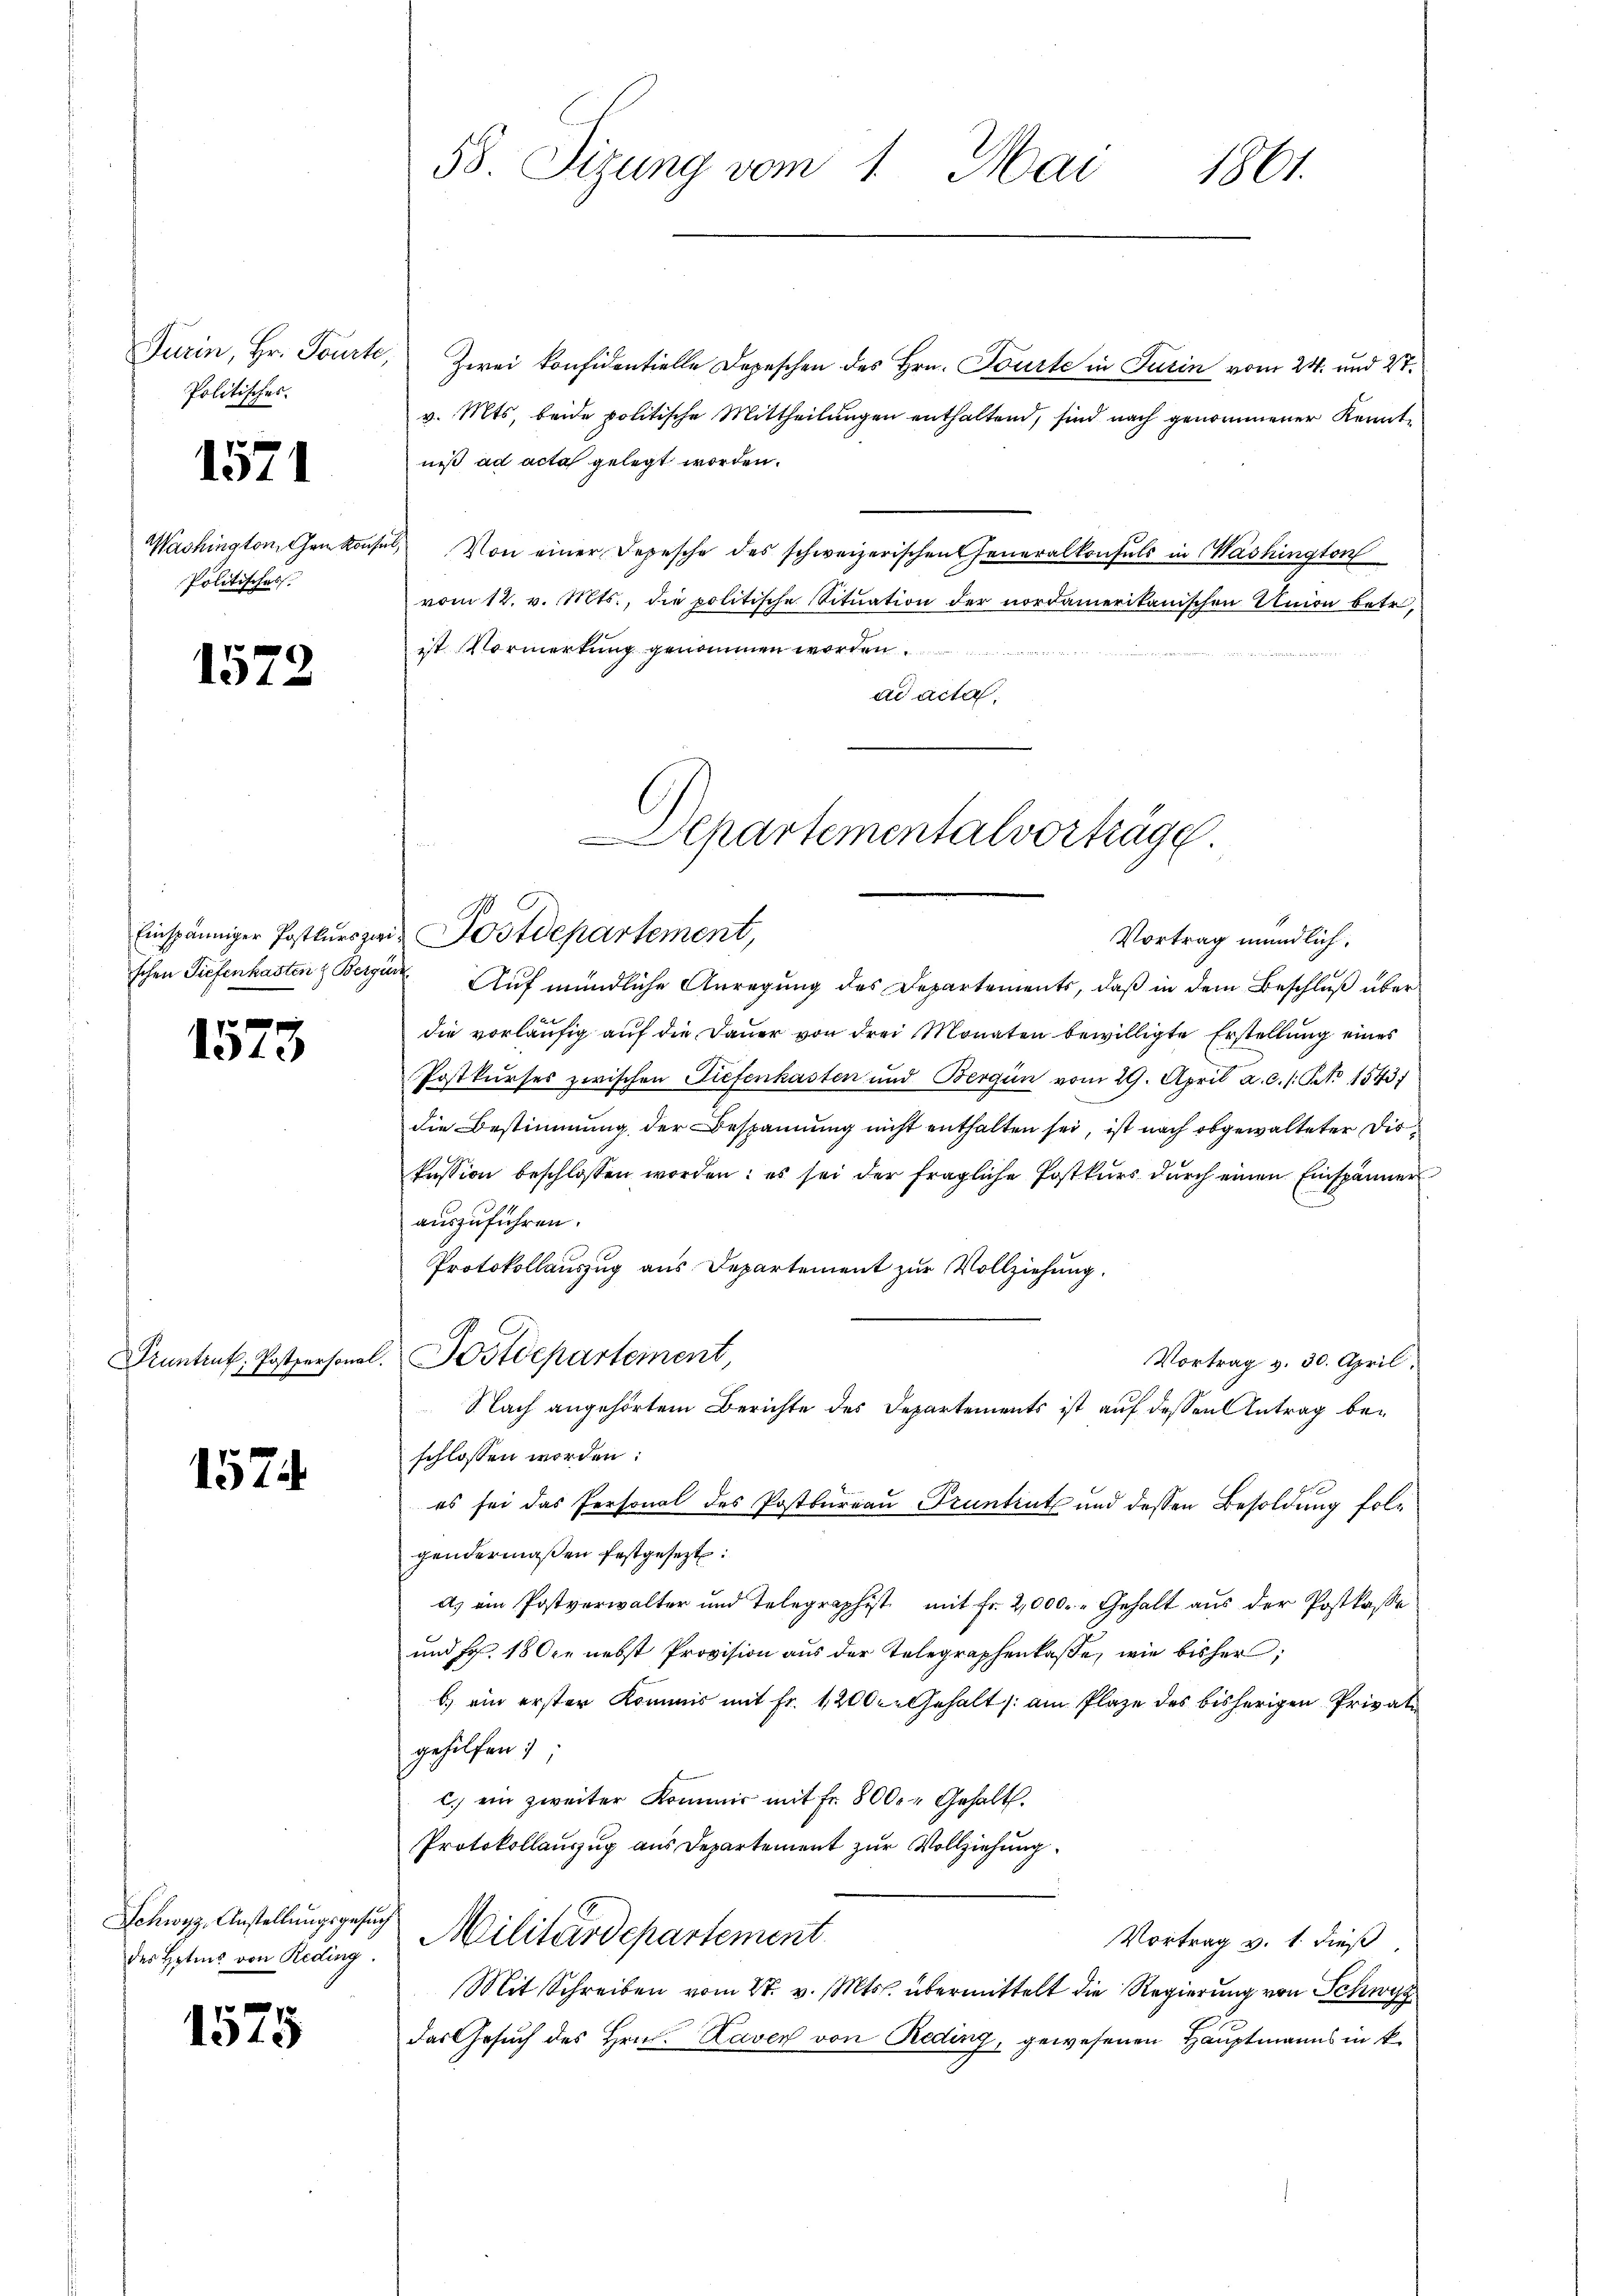
Turin, Hr. Tourt
Politisches.

1571

Washington, den kon
Politisches

1572

Einspänniger Postkurs zu
schen Tiefenkasten & Berg

1573

Pruntrut, Postpersona

1574

Schwyz, Anstellungsgesuch
des Hotens von Reding.

1575

58. Sizung vom 1. Mai
1861.

Zwei konfidentielle Depeschen des Hrn. Tourte in Turin vom 24. und 27.
v. Mts. beide politische Mittheilungen enthaltend, sind nach genommener Kenntniß ad acta gelegt worden.
Von einer Depesche des schweizerischen Generalkonsuls in Washington
vom 12. v. Mts., die politische Situation der nordamerikanischen Union betr.
ist Vormerkung genommen worden
ad acta.
Auf mündliche Anregung des Departements, daß in dem Beschluß über
die vorläŭfig aŭf die Daŭer von drei Monaten bewilligte Erstellung eines
Postkurses zwischen Tiefenkasten und Bergün vom 29. April a.c. /: No 1543)
die Bestimmung der Bespannung nicht enthalten sei, ist nach obgewalteter Diskussion beschlossen worden: es sei der fragliche Postkurs durch einen Einspänner
auszuführen.
Protokollauszug aus Departement zur Vollziehung.
Postdepartement
Vortrag v. 30. April.
S lach angehörtem Berichte des Departements ist auf dessen Antrag beschlossen worden:
es sei das Personal des Postbureau Pruntint und dessen Besoldung folgendermaßen festgesezt:
d. ein Postverwalter und Telegraphist mit Fr. 2,000. - Gehalt aus der Postkasse
und Fr. 18 der nebst Provision aus der Telegraphenkaße, wie bisher;
b.) ein erster Kommis mit Fr. 1200. Gehalt /: am Plaze des bisherigen Privatgehilfen
c. ein zweiter Kommis mit fr. 8000 Gehalt.
Protokollauszug aus Departement zur Vollziehung
Militärdepartement
Vortrag v. 1. dieß,
Mit Schreiben vom 28. v. Mts. übermittelt die Regierung von Schwyz
Das Gesuch des Hrn. Laven von Reding, gewesenen Hauptmanns in k

Departementalvorträge
Postdepartement,
Vortrag mündlich.